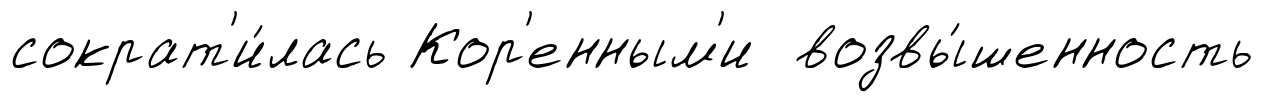
сократ'и́лась Кор'енным'и возвы́шенность